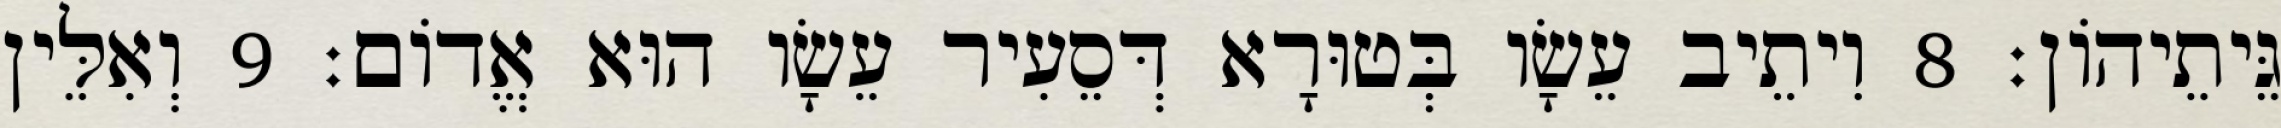
גֵּיתֵיהוֹן׃ 8 וִיתֵיב עֵשָׂו בְּטוּרָא דְּסֵעִיר עֵשָׂו הוּא אֱדוֹם׃ 9 וְאִלֵּין